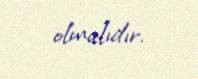
olmalıdır.